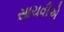
સાચવીએ